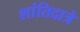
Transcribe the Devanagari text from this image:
शांतिदात्रे